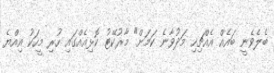
ބެލެވެނީ ބައެއް އެއްޗިހި މަދުވާނެ ކަމަށް" މާރުކޭޓު ކޮޅިއެއްގައި ހުރި މީހަކު އިއްޔެ